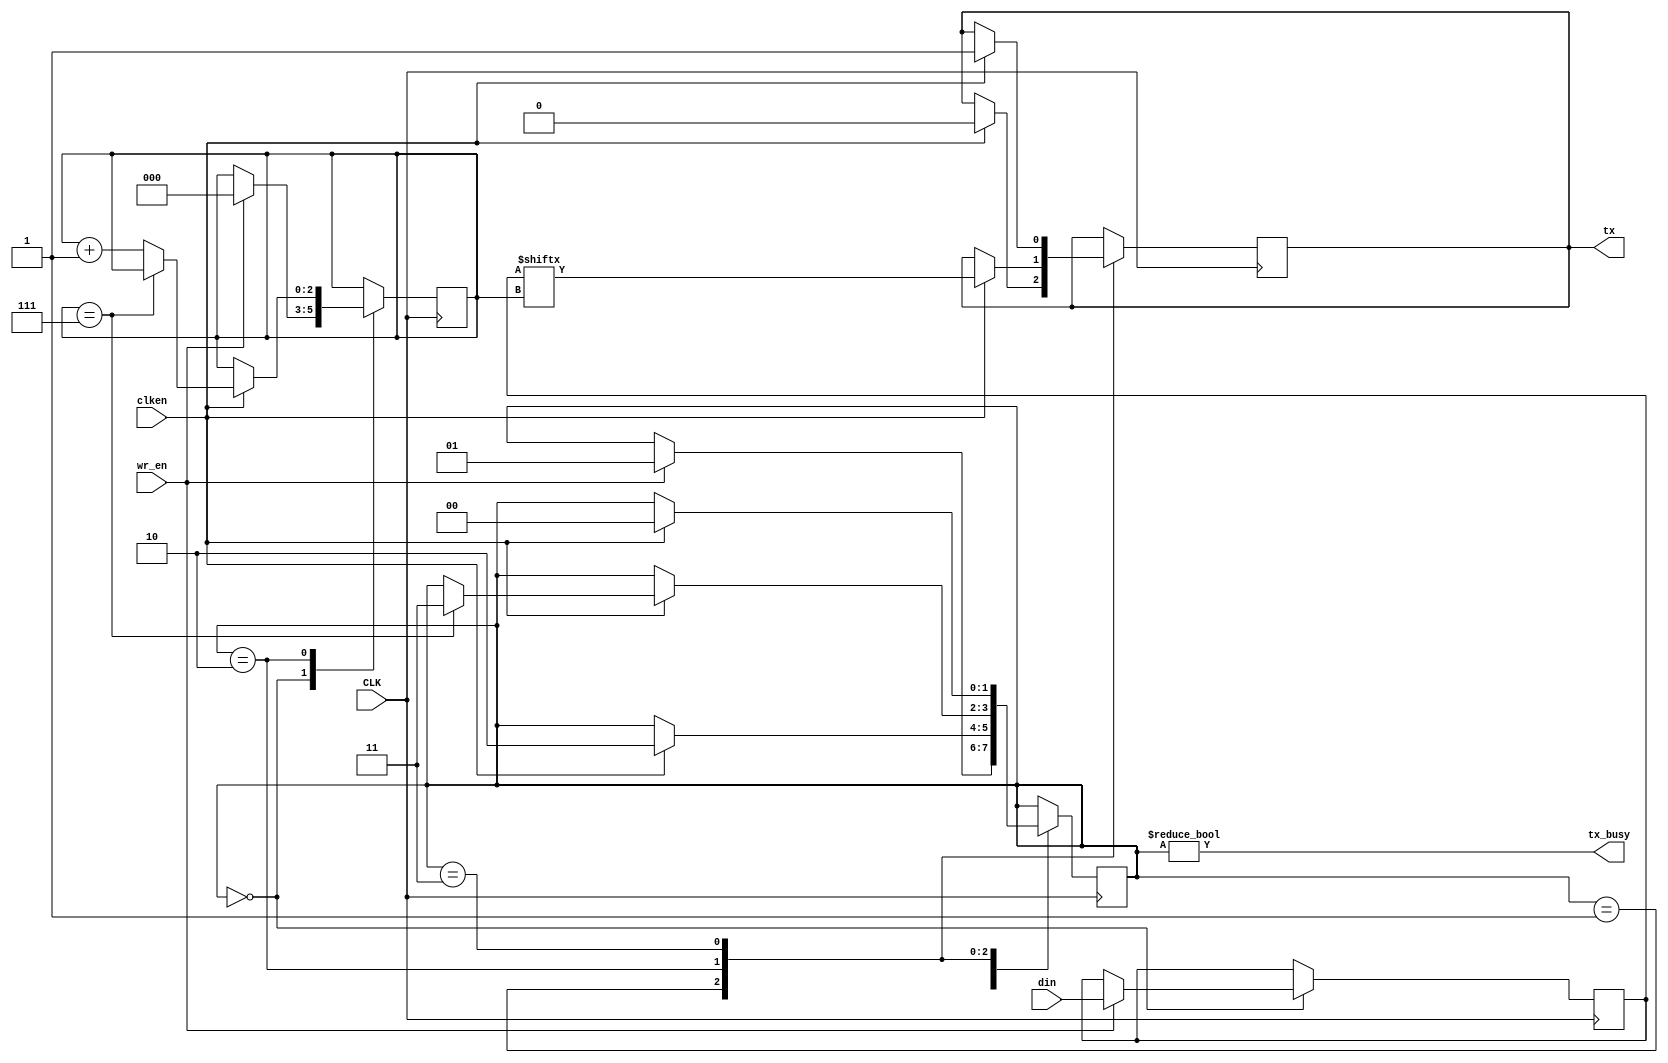
module transmitter(input wire [7:0] din, 
		   input wire wr_en,
		   input wire CLK ,
		   input wire clken,
		   output reg tx,
		   output wire tx_busy);
	
// din : input data from bus to transmitter 
//wr_enable enable data to be written 
// clken from baud generator
// tx serial output 
// tx_busy TX is transmitting or IDLE 

initial begin
	 tx = 1'b1;   
end

parameter STATE_IDLE	= 2'b00;  //default *TX is waiting for order
parameter STATE_START	= 2'b01; // laod data
parameter STATE_DATA	= 2'b10;  // start transmitting
parameter STATE_STOP	= 2'b11;  //tx is done

reg [7:0] data = 8'h00;
reg [2:0] bitpos = 3'h0;  //data bits count register 
reg [1:0] state = STATE_IDLE;  //register for current state

always @(posedge CLK) begin
	case (state)
	STATE_IDLE: begin
		if (wr_en) begin //tx moves to start state
			state <= STATE_START;
			data <= din; //loads data
			bitpos <= 3'h0; 
		end
	end
	STATE_START: begin //start state
		if (clken) begin
			tx <= 1'b0;  //sends start bit active low
			state <= STATE_DATA; //moves to next state
		end
	end
	STATE_DATA: begin  //data state
		if (clken) begin
			if (bitpos == 3'h7)  //stop when 8 bits of data are sent
				state <= STATE_STOP; //moves to next state as tx is done 
			else
				bitpos <= bitpos + 3'h1; // increment data bits counter by 1
			tx <= data[bitpos]; //shift and transmits data
		end
	end
	STATE_STOP: begin // state stop 
		if (clken) begin
			tx <= 1'b1;  //sends stop bit 
			state <= STATE_IDLE; //returns to IDLE
		end
	end
	default: begin
		tx <= 1'b1;  // default value for serial output
		state <= STATE_IDLE;  //default state is IDLE
	end
	endcase
end

assign tx_busy = (state != STATE_IDLE);  // if TX is in IDLE *not transmitting tx isn't busy else it's busy

endmodule